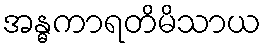
အန္ဓကာရတိမိသာယ